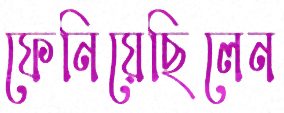
ফেনিয়েছিলেন